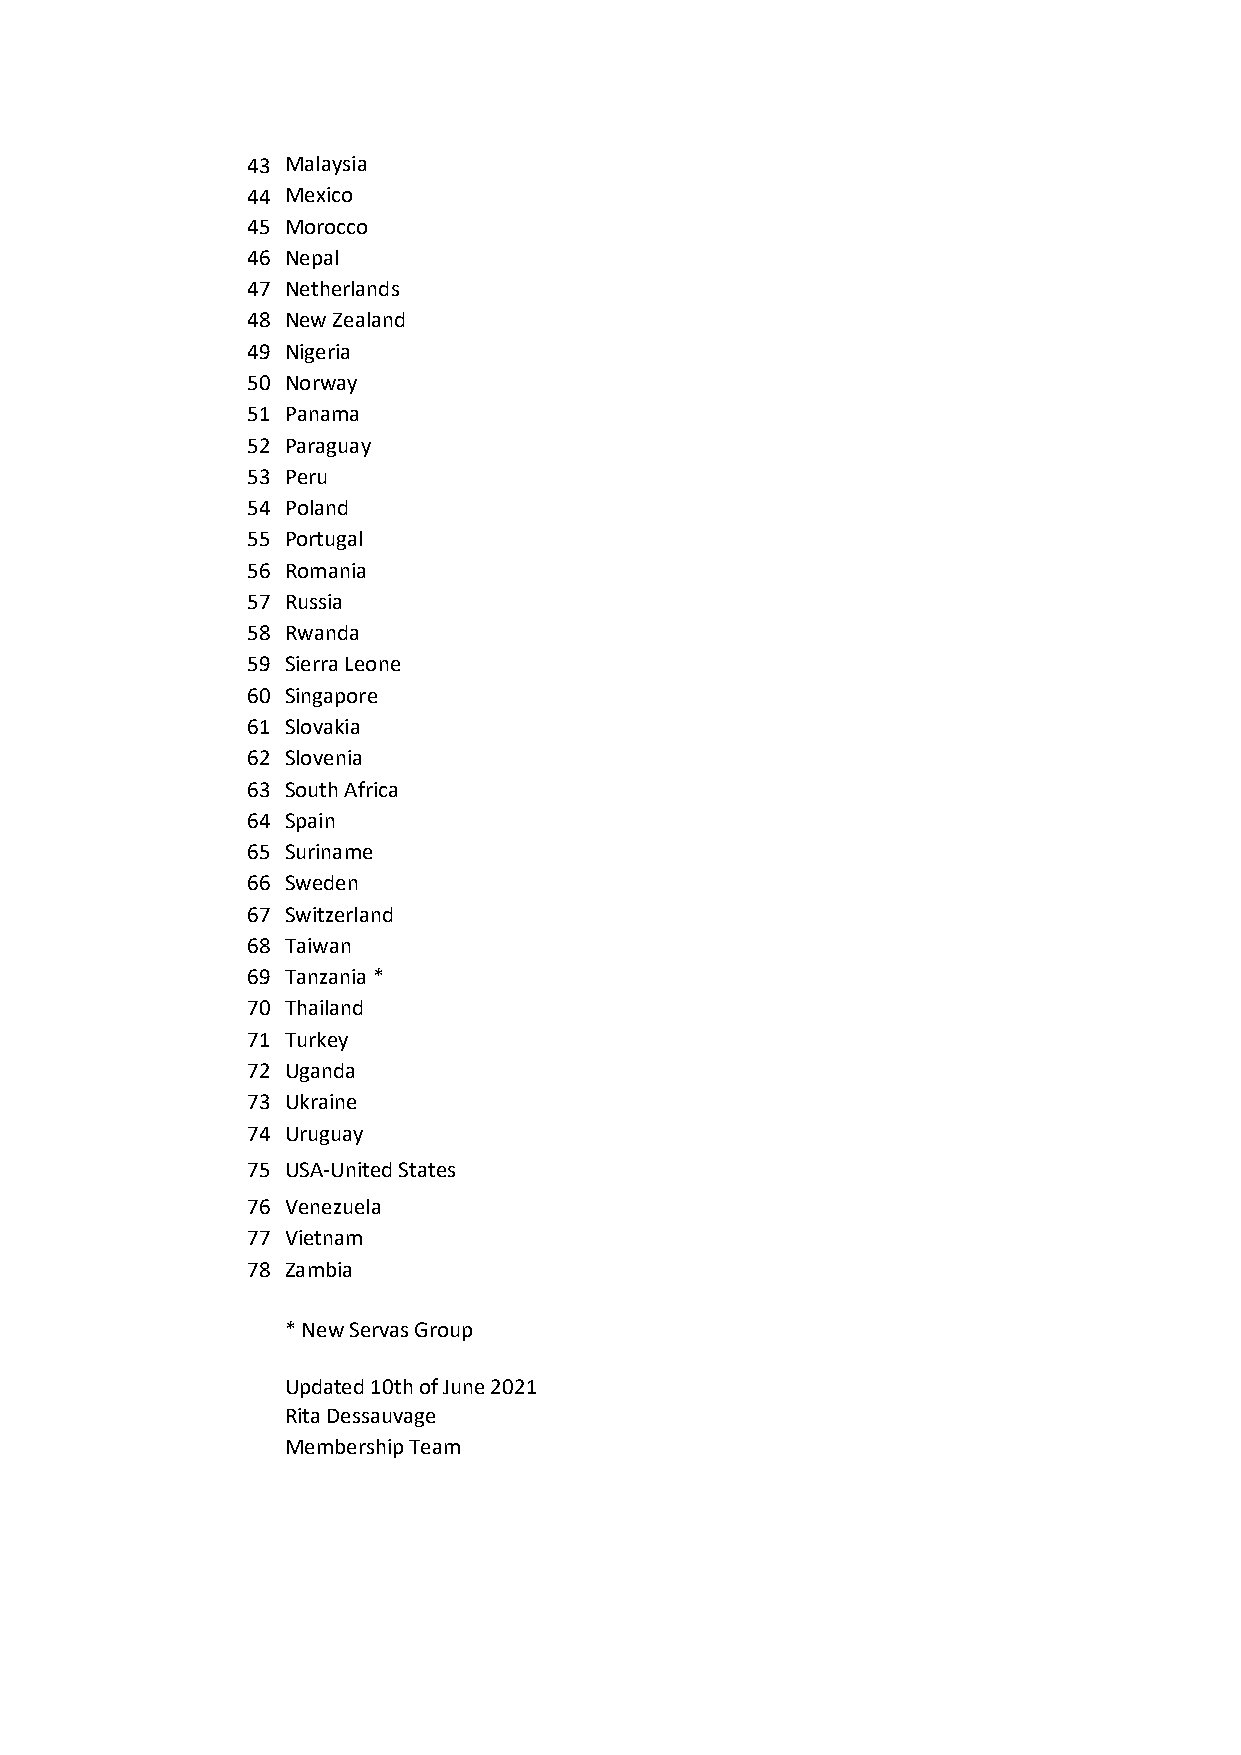
43 Malaysia
 44 Mexico
 45 Morocco
 46 Nepal
 47 Netherlands
 48 New Zealand
 49 Nigeria
 50 Norway
 51 Panama
 52 Paraguay
 53 Peru
 54 Poland
 55 Portugal
 56 Romania
 57 Russia
 58 Rwanda
 59 Sierra Leone
 60 Singapore
 61 Slovakia
 62 Slovenia
 63 South Africa
 64 Spain
 65 Suriname
 66 Sweden
 67 Switzerland
 68 Taiwan
 69 Tanzania *
 70 Thailand
 71 Turkey
 72 Uganda
 73 Ukraine
 74 Uruguay
 75 USA-United States
 76 Venezuela
 77 Vietnam
 78 Zambia
 * New Servas Group
 Updated 10th of June 2021
 Rita Dessauvage
 Membership Team